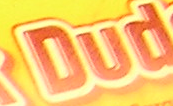
Dud